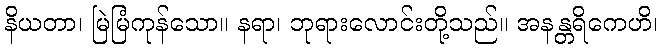
နိယတာ၊ မြဲမြံကုန်သော။ နရာ၊ ဘုရားလောင်းတို့သည်။ အနန္တရိကေဟိ၊